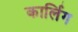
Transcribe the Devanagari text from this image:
कार्लिग